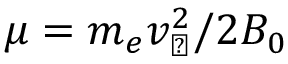
\mu = m _ { e } v _ { \perp } ^ { 2 } / 2 B _ { 0 }